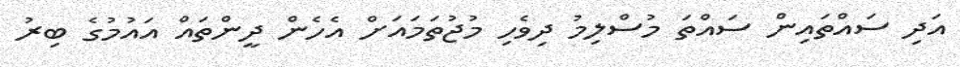
އަދި ސައްތައިން ސައްތަ މުސްލިމު ދިވެހި މުޖުތަމައަށް އެހެން ދީންތައް އައުމުގެ ބިރު